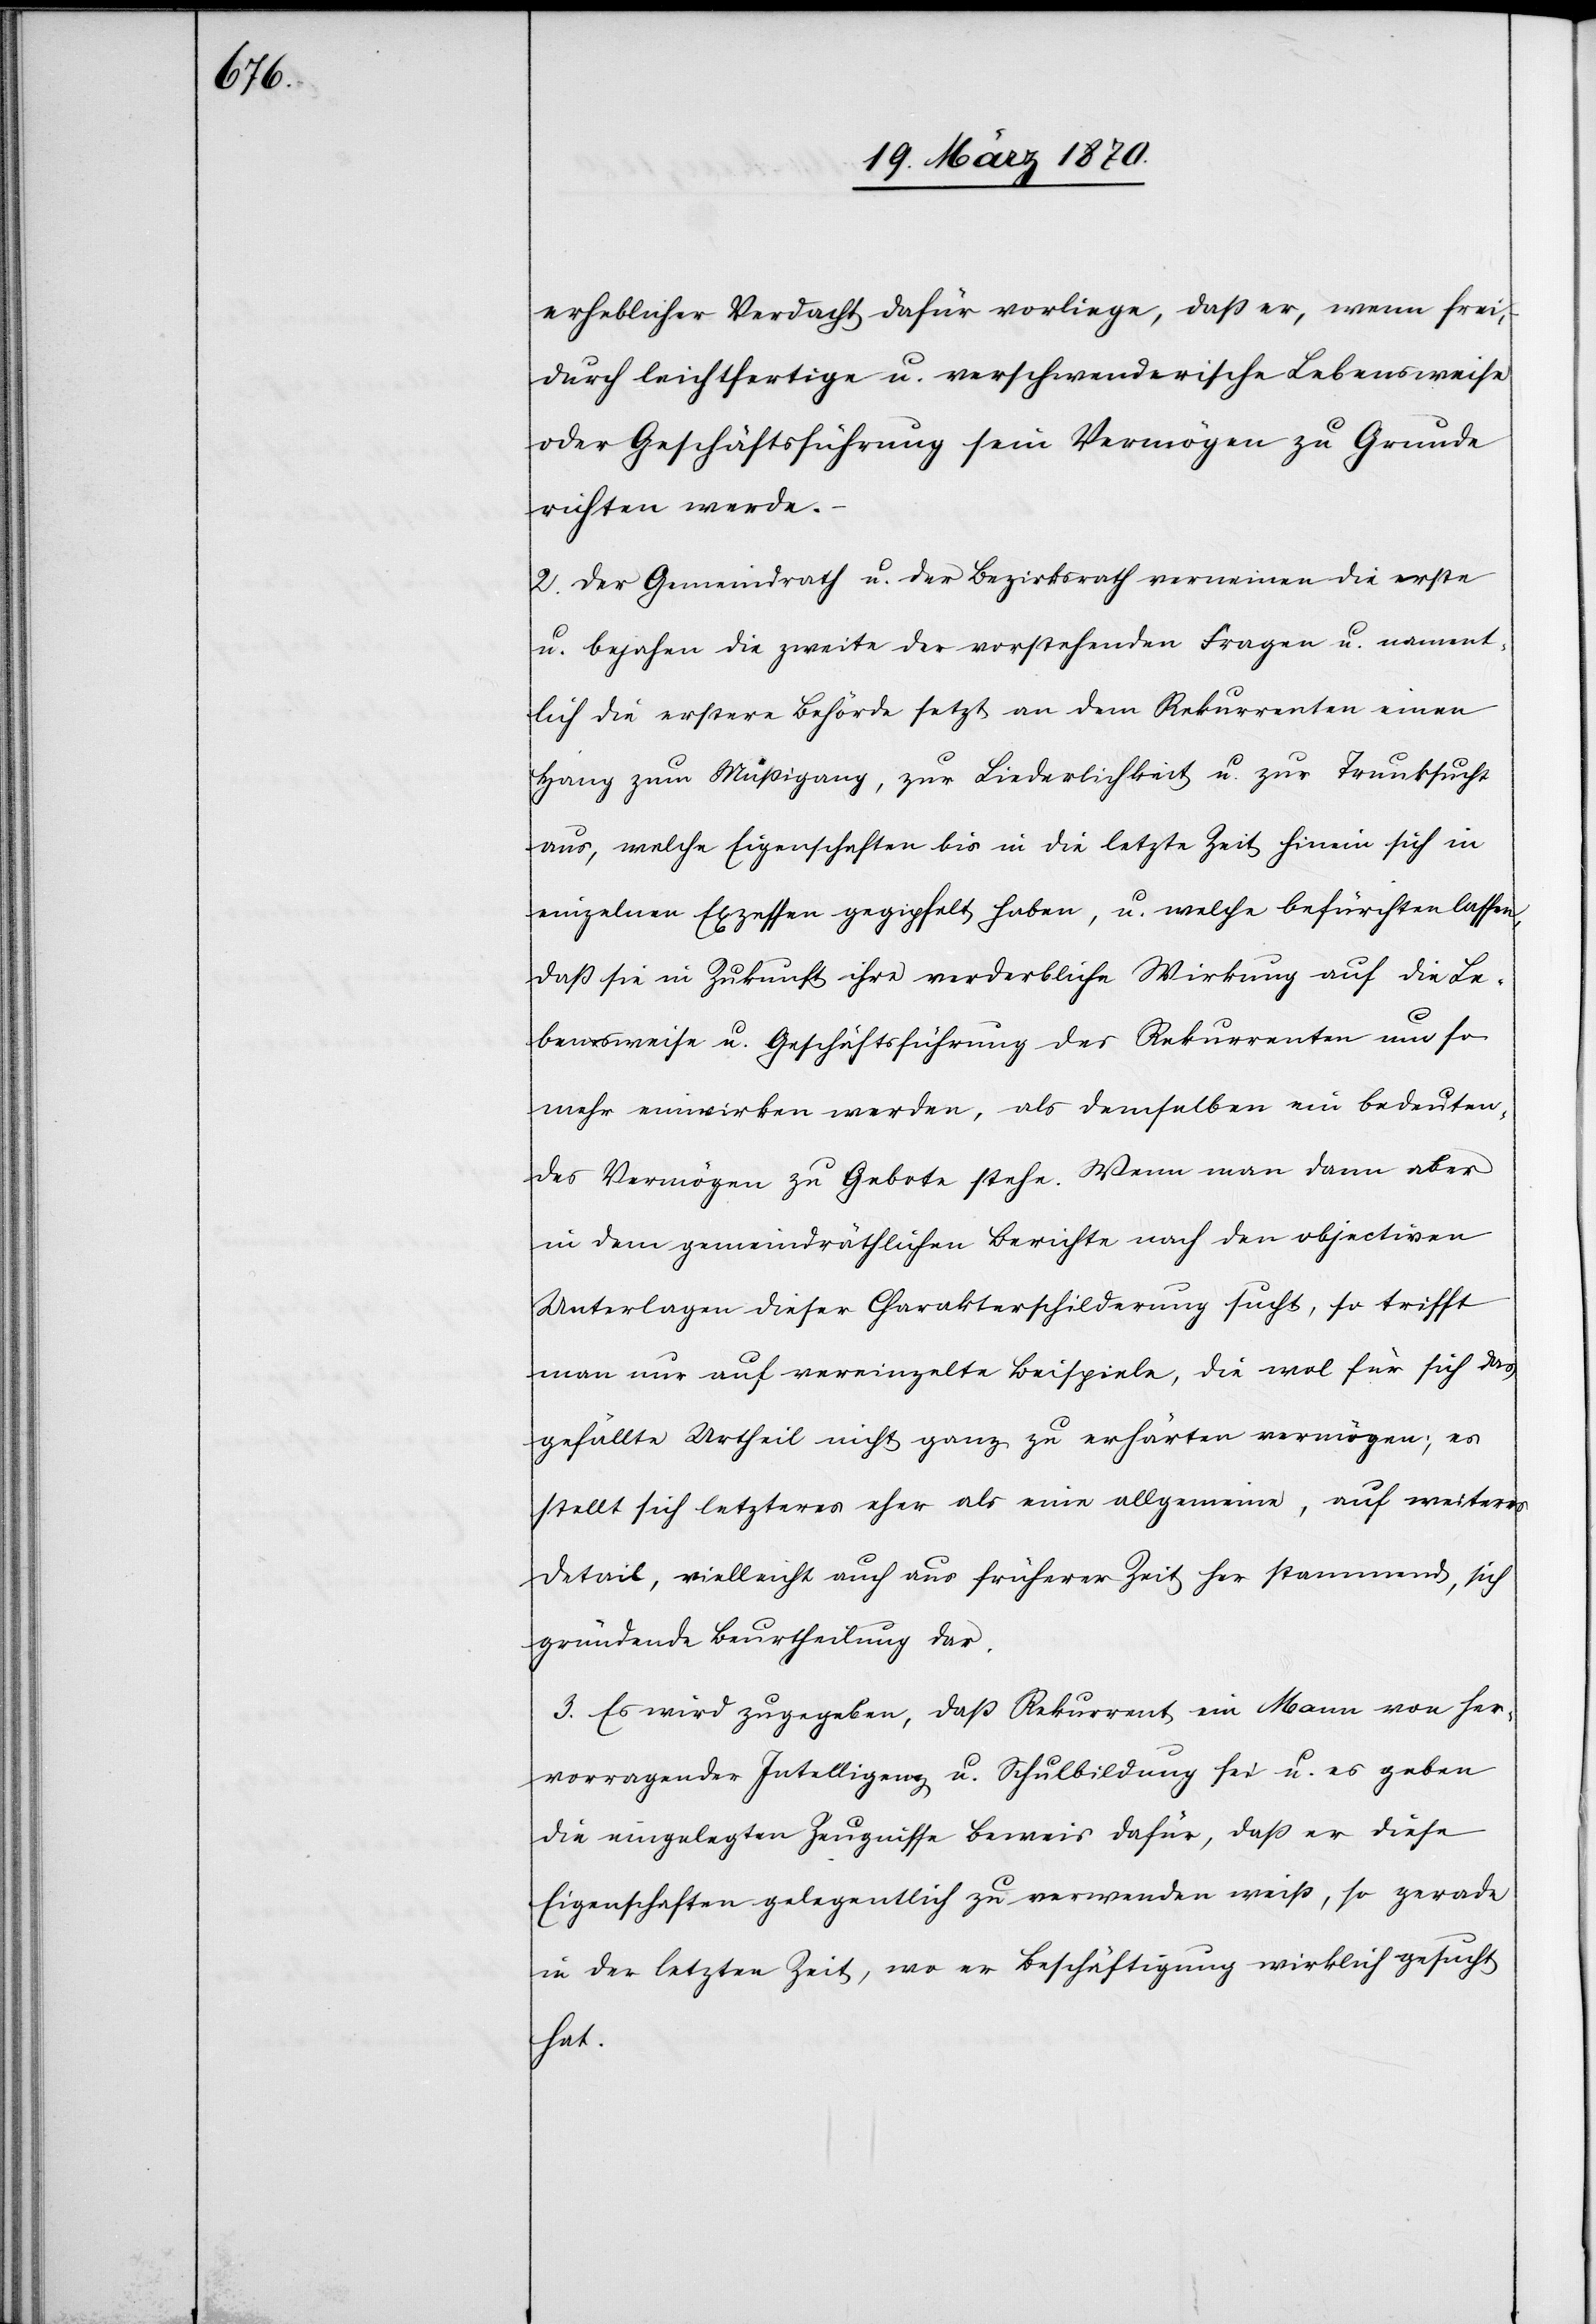
erheblicher Verdacht dafür vorliege, daß er, wenn frei,
durch leichtfertige u. verschwenderische Lebensweise
oder Geschäftsführung sein Vermögen zu Grunde
richten werde.
2. Der Gemeindrath u. der Bezirksrath verneinen die erst
u. bejahen die zweite der vorstehenden Fragen u. nament¬
lich die erstere Behörde setzt an dem Rekurrenten einen
Hang zum Müßigang [sic!], zur Liederlichket u. zur Trunksucht
aus, welche Eigenschaften bis in die letzte Zeit hinein sich in
einzelnen Exzessen gegipfelt haben, u. welche befürchten lassen,
daß sie in Zukunft ihre verderbliche Wirkung auf die Le¬
bensweise u. Geschäftsführung des Rekurrenten um so
mehr einwirken werden, als demselben ein bedeuten¬
des Vermögen zu Gebote stehe. Wenn man dann aber
in dem gemeindräthlichen Berichte nach den objectiven
Unterlagen dieser Charakterschilderung sucht, so trifft
man nur auf vereinzelte Beispiele, die wol für sich das
gefällte Urtheil nicht ganz zu erhärten vermögen; es
stellt sich letzteres eher als eine allgemeine, auf weiteres
Detail, vielleicht auch aus früherer Zeit her stammend, sich
gründende Beurtheilung dar.
3. Es wird zugegeben, daß Rekurrent ein Mann von her¬
vorragender Intelligenz u. Schulbildung sei u. es geben
die eingelegten Zeugnisse Beweis dafür, daß er diese
Eigenschaften gelegentlich zu verwenden weiß, so gerade
in der letzten Zeit, wo er Beschäftigung wirklich gesucht
hat.